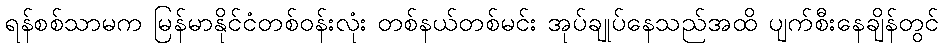
ရန်စစ်သာမက မြန်မာနိုင်ငံတစ်ဝန်းလုံး တစ်နယ်တစ်မင်း အုပ်ချုပ်နေသည်အထိ ပျက်စီးနေချိန်တွင်